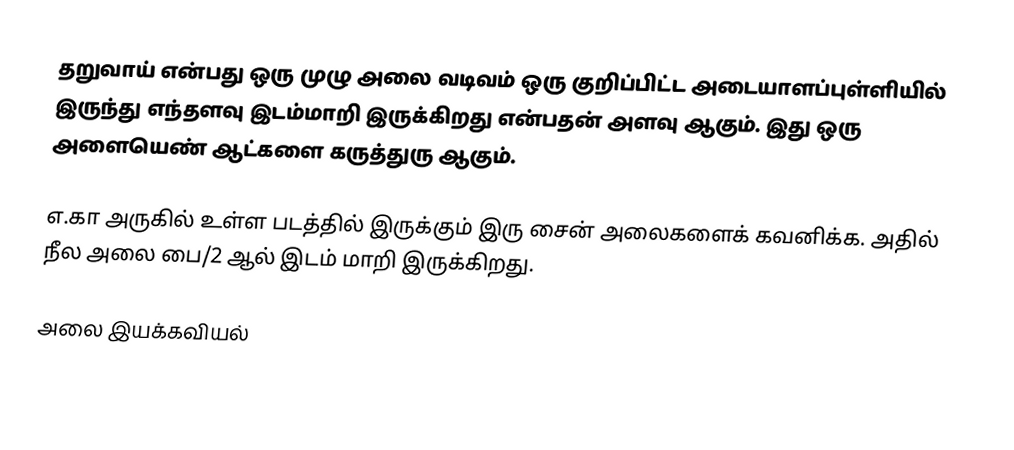
தறுவாய் என்பது ஒரு முழு அலை வடிவம் ஒரு குறிப்பிட்ட அடையாளப்புள்ளியில் இருந்து எந்தளவு இடம்மாறி இருக்கிறது என்பதன் அளவு ஆகும்.  இது ஒரு அளையெண் ஆட்களை கருத்துரு ஆகும்.

எ.கா அருகில் உள்ள படத்தில் இருக்கும் இரு சைன் அலைகளைக் கவனிக்க.  அதில் நீல அலை பை/2 ஆல் இடம் மாறி இருக்கிறது.

அலை இயக்கவியல்